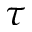
\tau